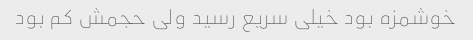
خوشمزه بود خیلی سریع رسید ولی حجمش کم بود